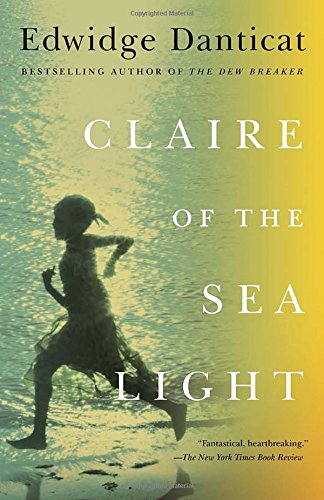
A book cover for Claire of the Sea Light (Vintage Contemporaries); Edwidge Danticat; Literature & Fiction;